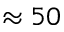
\approx 5 0